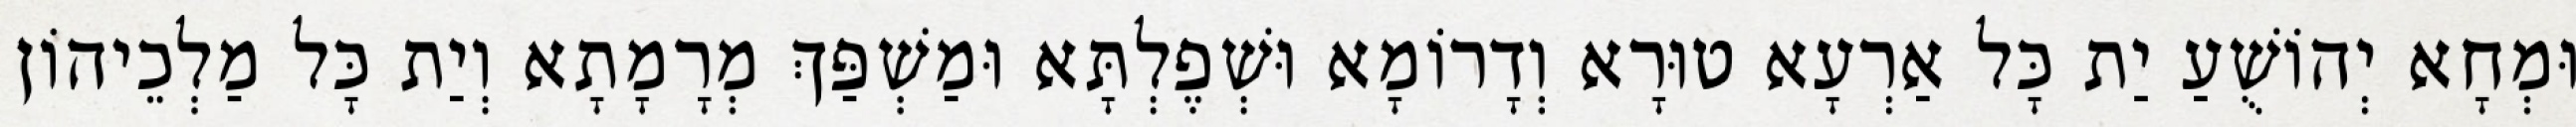
וּמְחָא יְהוֹשֻׁעַ יַת כָּל אַרְעָא טוּרָא וְדָרוֹמָא וּשְׁפֶלְתָּא וּמַשְׁפַּךְ מְרָמָתָא וְיַת כָּל מַלְכֵיהוֹן